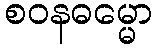
စဝနဓမ္မော